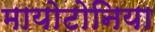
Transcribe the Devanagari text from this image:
मायोटोनिया